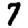
Digit: 7